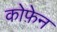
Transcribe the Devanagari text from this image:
कोफ़ेन